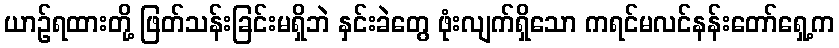
ယာဉ်ရထားတို့ ဖြတ်သန်းခြင်းမရှိဘဲ နှင်းခဲတွေ ဖုံးလျက်ရှိသော ကရင်မလင်နန်းတော်ရှေ့က